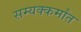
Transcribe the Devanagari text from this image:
सम्यक्कर्मांत